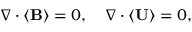
\nabla \cdot \left\langle \mathbf { B } \right\rangle = 0 , \quad \nabla \cdot \left\langle \mathbf { U } \right\rangle = 0 ,